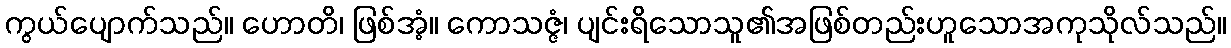
ကွယ်ပျောက်သည်။ ဟောတိ၊ ဖြစ်အံ့။ ကောသဇ္ဇံ၊ ပျင်းရိသောသူ၏အဖြစ်တည်းဟူသောအကုသိုလ်သည်။